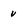
Character: v